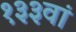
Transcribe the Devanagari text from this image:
१३३वां